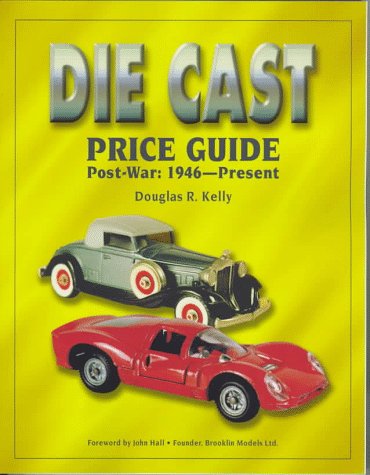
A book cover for The Die Cast Price Guide: Post-War: 1946 to Present; Douglas R. Kelly; Crafts, Hobbies & Home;